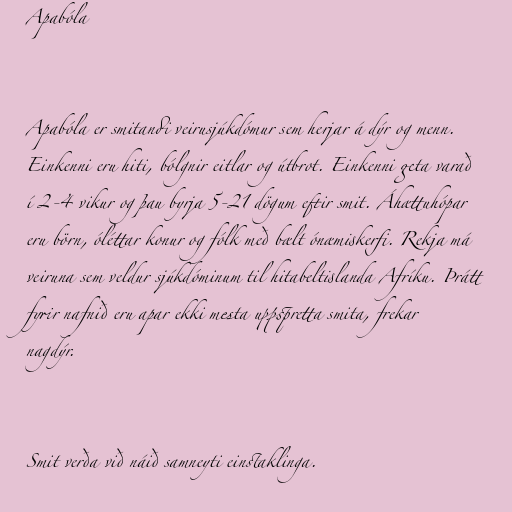
Apabóla

Apabóla er smitandi veirusjúkdómur sem herjar á dýr og menn.
Einkenni eru hiti, bólgnir eitlar og útbrot. Einkenni geta varað
í 2-4 vikur og þau byrja 5-21 dögum eftir smit. Áhættuhópar
eru börn, óléttar konur og fólk með bælt ónæmiskerfi. Rekja má
veiruna sem veldur sjúkdóminum til hitabeltislanda Afríku. Þrátt
fyrir nafnið eru apar ekki mesta uppspretta smita, frekar
nagdýr.

Smit verða við náið samneyti einstaklinga.